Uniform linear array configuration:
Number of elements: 64
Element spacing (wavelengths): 0.25
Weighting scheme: exponential
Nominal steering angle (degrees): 15
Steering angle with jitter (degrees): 16.74
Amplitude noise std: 0.05
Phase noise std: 0.05

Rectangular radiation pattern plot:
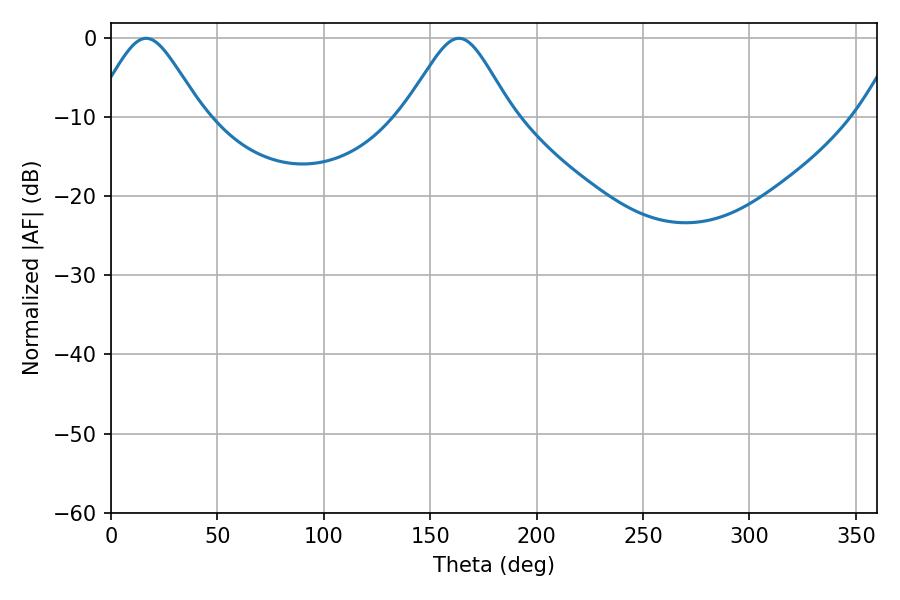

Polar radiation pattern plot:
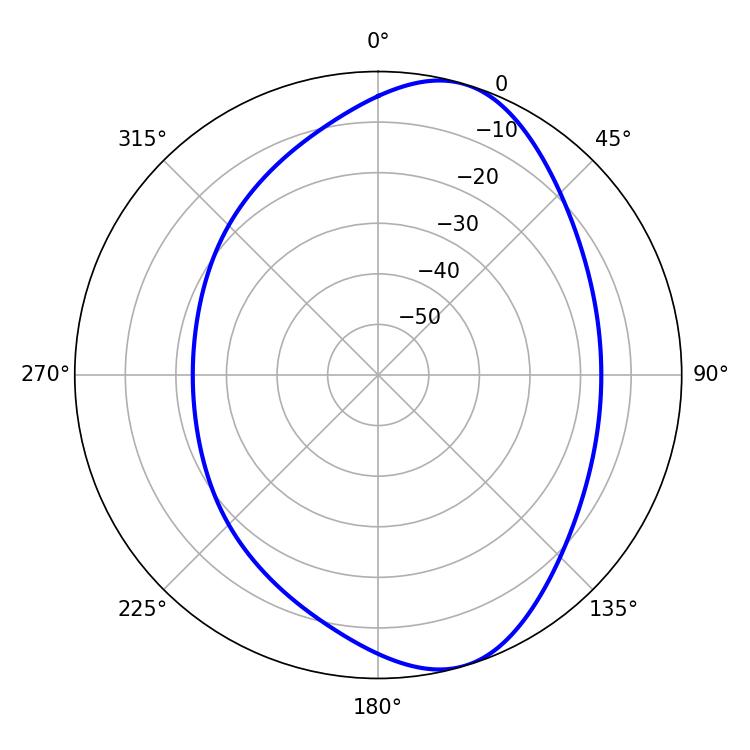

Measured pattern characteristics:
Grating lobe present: FALSE
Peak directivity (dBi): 8.084
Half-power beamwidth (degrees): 24.66
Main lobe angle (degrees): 16.56